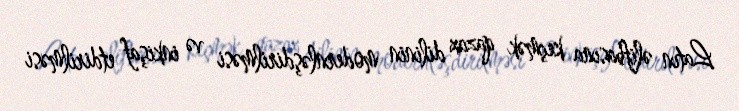
Latın əlifbasına keçmək qazax dilinin modernləşdirilməsi və inkişaf etdirilməsi